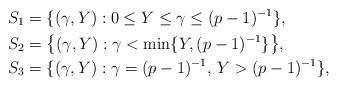
LaTeX: \begin{align*}S_1&=\{(\gamma,Y): 0\leq Y\leq \gamma\leq (p-1)^{-1}\},\\S_2&=\big\{(\gamma,Y):\gamma<\min\{Y,(p-1)^{-1}\}\big\},\\S_3&=\{(\gamma,Y):\gamma=(p-1)^{-1},\, Y> (p-1)^{-1}\}, \end{align*}